Problem: 25 + 10 = ?
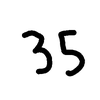
Handwritten answer: 35